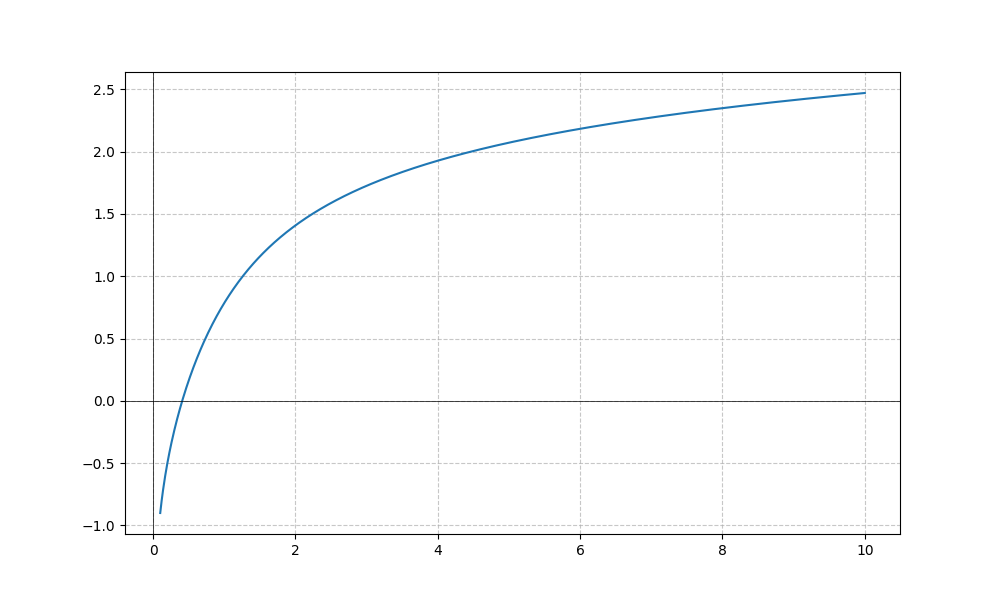
LaTeX formula: \frac{\log{\left(x \right)}}{\log{\left(10 \right)}} + \operatorname{atan}{\left(x \right)}